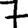
Digit: 7